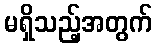
မရှိသည့်အတွက်